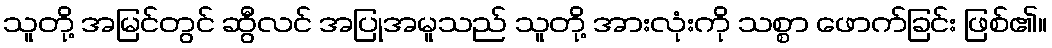
သူတို့ အမြင်တွင် ဆွီလင် အပြုအမူသည် သူတို့ အားလုံးကို သစ္စာ ဖောက်ခြင်း ဖြစ်၏။